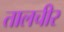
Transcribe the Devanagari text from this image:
तालचीर